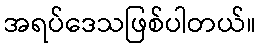
အရပ်ဒေသဖြစ်ပါတယ်။